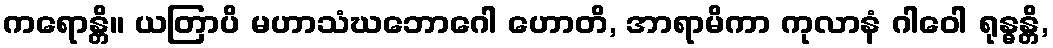
ကရောန္တိ။ ယတြာပိ မဟာသံဃဘောဂေါ ဟောတိ, အာရာမိကာ ကုလာနံ ဂါဝေါ ရုန္ဓန္တိ,